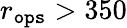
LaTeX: r_{\tt ops}>350